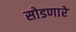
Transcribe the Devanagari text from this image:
सोडणारे